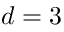
d = 3